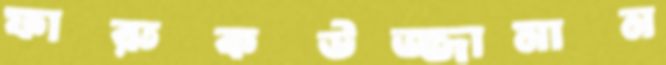
ফারুকউজ্জামান